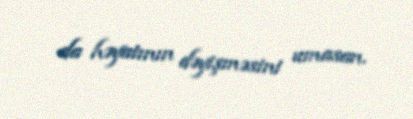
da həyatının dəyişməsini umasan.